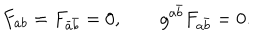
F _ { a b } = F _ { \bar { a } \bar { b } } = 0 , \qquad g ^ { a \bar { b } } F _ { a \bar { b } } = 0 .